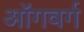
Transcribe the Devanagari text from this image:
ऑगवर्ग